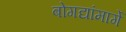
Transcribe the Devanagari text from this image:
बोगद्यांमार्गे